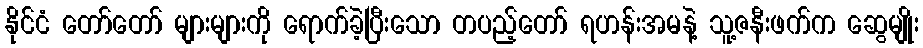
နိုင်ငံ တော်တော် များများကို ရောက်ခဲ့ပြီးသော တပည့်တော် ရဟန်းအမနဲ့ သူ့ဇနီးဖက်က ဆွေမျိုး